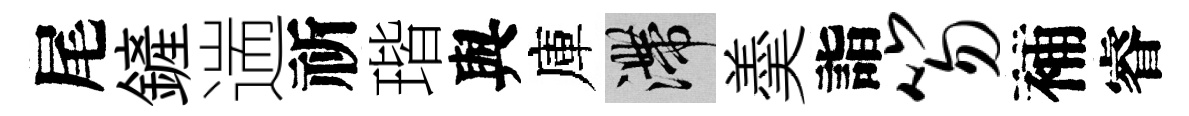
尾鏟遄祈瑎與庫滯羮詣笏補睿